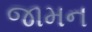
જામન